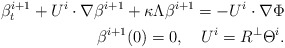
\begin{align*}\beta^{i+1}_t+U^i\cdot\nabla \beta^{i+1}+\kappa\Lambda\beta^{i+1} =-U^i\cdot\nabla\Phi\\\beta^{i+1}(0)=0, \ \ \ U^i=R^\perp\Theta^i.\end{align*}